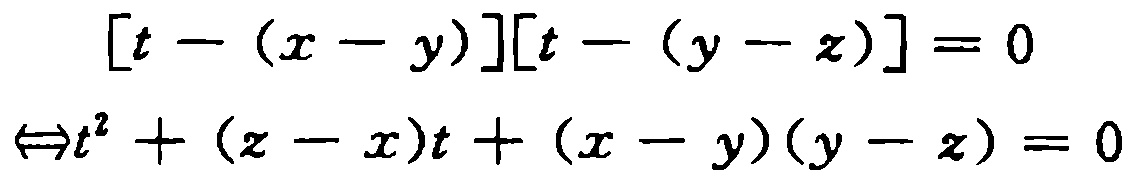
\[
\begin{align*}
[t-(x - y)][t-(y - z)]&=0\\
\Leftrightarrow t^{2}+(z - x)t+(x - y)(y - z)&=0
\end{align*}
\]